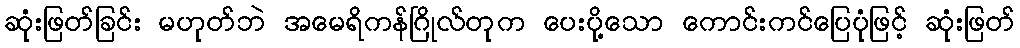
ဆုံးဖြတ်ခြင်း မဟုတ်ဘဲ အမေရိကန်ဂြိုလ်တုက ပေးပို့သော ကောင်းကင်ပြေပုံဖြင့် ဆုံးဖြတ်